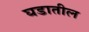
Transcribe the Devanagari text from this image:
घडातील